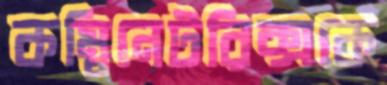
কম্বিনেটরিক্সকে